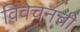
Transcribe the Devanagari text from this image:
विवेचनची